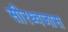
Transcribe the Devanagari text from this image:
सीरध्वजास